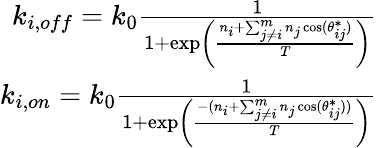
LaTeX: \begin{array}{r}{k_{i,off}=k_{0}\frac{1}{1+\exp\left(\frac{n_{i}+\sum_{j\neq i}^{m}n_{j}\cos(\theta_{ij}^{*})}{T}\right)}}\\ {k_{i,on}=k_{0}\frac{1}{1+\exp\left(\frac{-(n_{i}+\sum_{j\neq i}^{m}n_{j}\cos(\theta_{ij}^{*}))}{T}\right)}}\end{array}